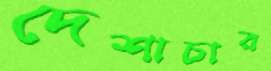
দেশাচার